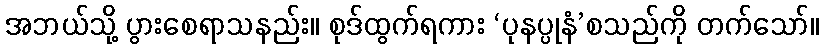
အဘယ်သို့ ပွားစေရာသနည်း။ စုဒ်ထွက်ရကား ‘ပုနပ္ပုနံ’စသည်ကို တက်သော်။